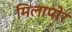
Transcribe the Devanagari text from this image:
मिलापोर